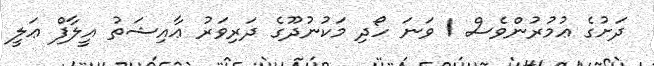
ދަށުގެ ޢުމުރުންވެސް 1 ވަނަ ހޯދި މަކުނުދޫގެ ދަރިވަރު ޢާއިޝަތު އީލާފް ޢަލީ